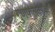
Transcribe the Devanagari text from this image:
गुणफलकावर